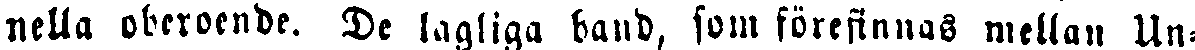
nella oberoende. De lagliga band, som förefinnas mellan Un-